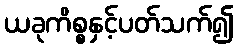
ယခုကိစ္စနှင့်ပတ်သက်၍